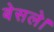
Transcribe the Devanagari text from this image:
बेसले।